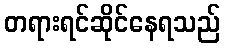
တရားရင်ဆိုင်နေရသည်